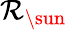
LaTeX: \mathcal{R}_{\sun}